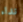
نداء